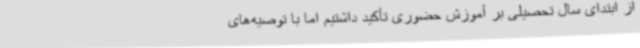
از ابتدای سال تحصیلی بر آموزش حضوری تأکید داشتیم اما با توصیه‌های